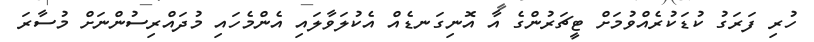
ހުރި ފަރަގު ކުޑަކުރެއްވުމަށް ޓީޗަރުންގެ އާ އޮނިގަނޑެއް އެކުލަވާލައި އެންމެހައި މުދައްރިސުންނަށް މުސާރަ